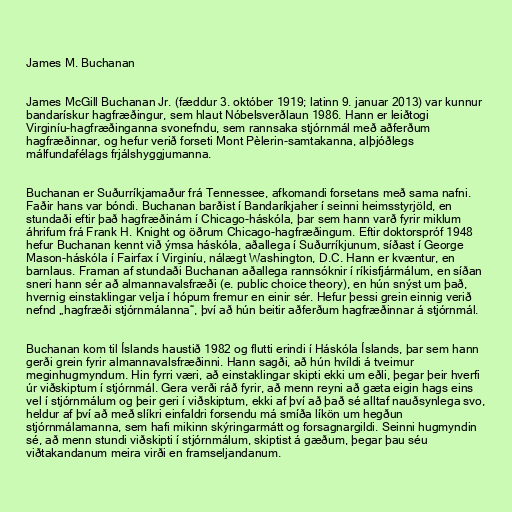
James M. Buchanan

James McGill Buchanan Jr. (fæddur 3. október 1919; latinn 9. januar 2013) var kunnur
bandarískur hagfræðingur, sem hlaut Nóbelsverðlaun 1986. Hann er leiðtogi
Virginíu-hagfræðinganna svonefndu, sem rannsaka stjórnmál með aðferðum
hagfræðinnar, og hefur verið forseti Mont Pèlerin-samtakanna, alþjóðlegs
málfundafélags frjálshyggjumanna.

Buchanan er Suðurríkjamaður frá Tennessee, afkomandi forsetans með sama nafni.
Faðir hans var bóndi. Buchanan barðist í Bandaríkjaher í seinni heimsstyrjöld, en
stundaði eftir það hagfræðinám í Chicago-háskóla, þar sem hann varð fyrir miklum
áhrifum frá Frank H. Knight og öðrum Chicago-hagfræðingum. Eftir doktorspróf 1948
hefur Buchanan kennt við ýmsa háskóla, aðallega í Suðurríkjunum, síðast í George
Mason-háskóla í Fairfax í Virginíu, nálægt Washington, D.C. Hann er kvæntur, en
barnlaus. Framan af stundaði Buchanan aðallega rannsóknir í ríkisfjármálum, en síðan
sneri hann sér að almannavalsfræði (e. public choice theory), en hún snýst um það,
hvernig einstaklingar velja í hópum fremur en einir sér. Hefur þessi grein einnig verið
nefnd „hagfræði stjórnmálanna“, því að hún beitir aðferðum hagfræðinnar á stjórnmál.

Buchanan kom til Íslands haustið 1982 og flutti erindi í Háskóla Íslands, þar sem hann
gerði grein fyrir almannavalsfræðinni. Hann sagði, að hún hvíldi á tveimur
meginhugmyndum. Hin fyrri væri, að einstaklingar skipti ekki um eðli, þegar þeir hverfi
úr viðskiptum í stjórnmál. Gera verði ráð fyrir, að menn reyni að gæta eigin hags eins
vel í stjórnmálum og þeir geri í viðskiptum, ekki af því að það sé alltaf nauðsynlega svo,
heldur af því að með slíkri einfaldri forsendu má smíða líkön um hegðun
stjórnmálamanna, sem hafi mikinn skýringarmátt og forsagnargildi. Seinni hugmyndin
sé, að menn stundi viðskipti í stjórnmálum, skiptist á gæðum, þegar þau séu
viðtakandanum meira virði en framseljandanum.